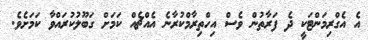
އެ އެގްރިމަންޓަކީ ދެ ފަރާތުން ވެސް އިހްތިރާމްކުރާނެ އެއްޗެއް ކަމަށް ގަބޫލުކުރައްވާ ކަމަށެވެ.